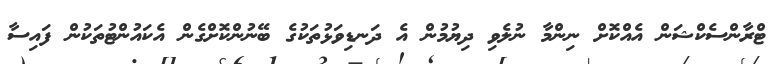
ޓްރާންސެކްޝަން އެއްކޮށް ނިންމާ ނުލެވި ދިޔުމުން އެ ދަނޑިވަޅުތަކުގެ ބޭނުންކޮށްގެން އެކައުންޓުތަކުން ފައިސާ